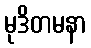
မုဒိတမနာ